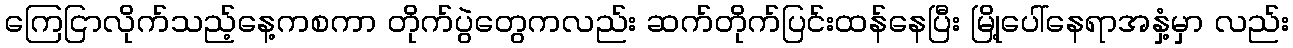
ကြေငြာလိုက်သည့်နေ့ကစကာ တိုက်ပွဲတွေကလည်း ဆက်တိုက်ပြင်းထန်နေပြီး မြို့ပေါ်နေရာအနှံ့မှာ လည်း